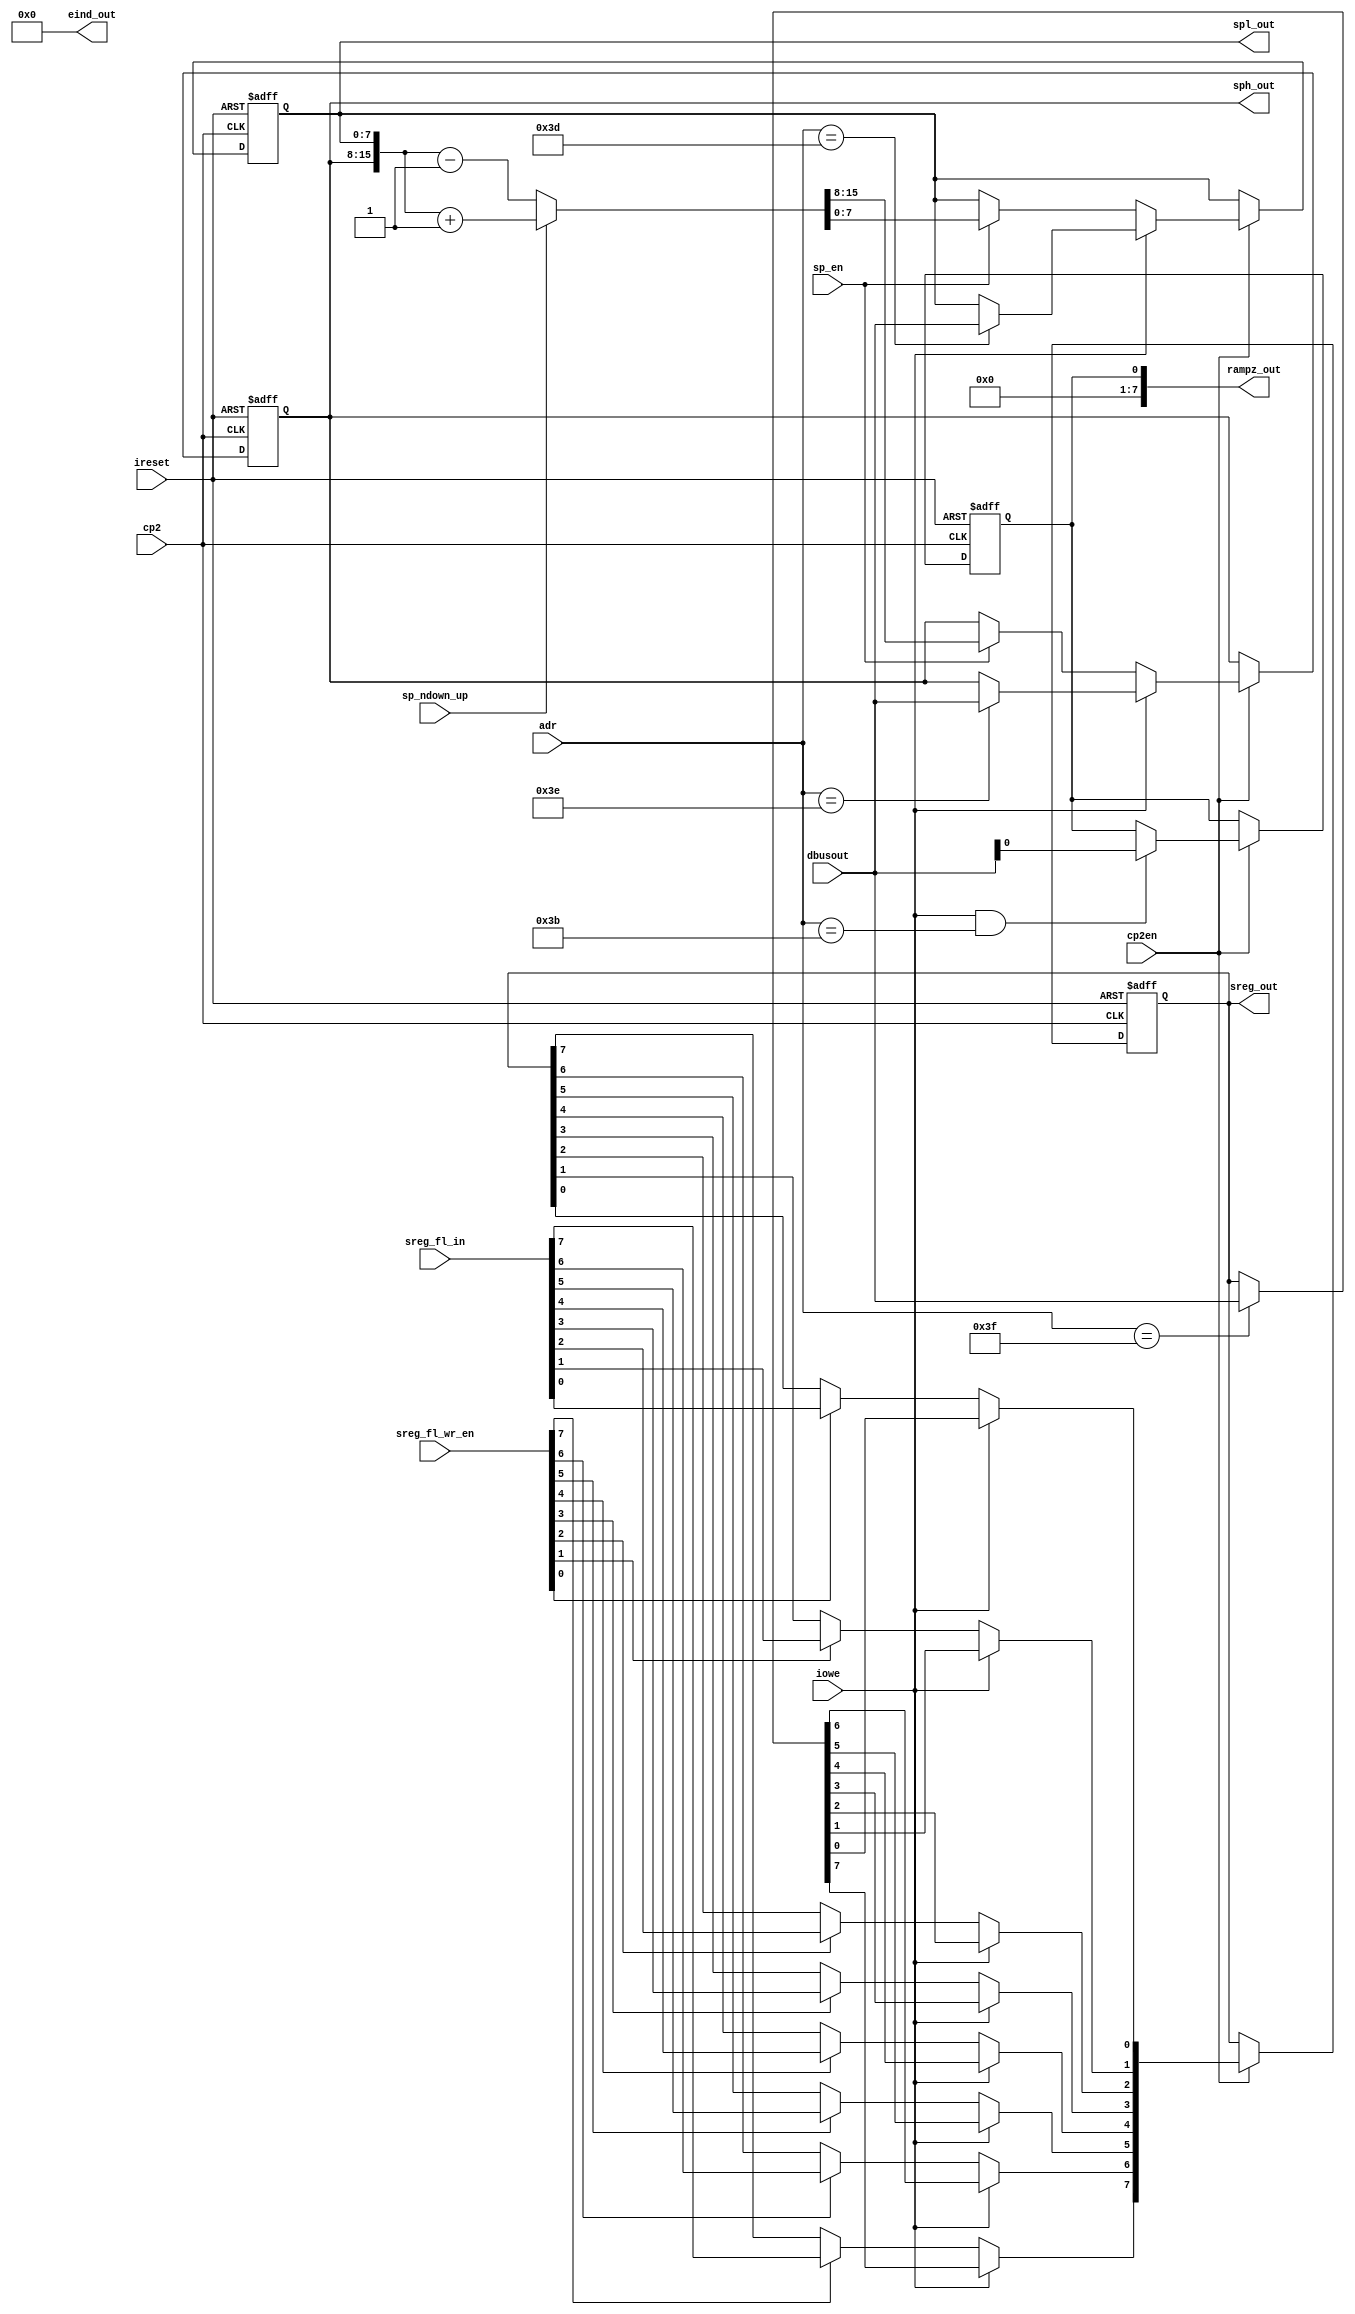
module io_reg_file(
                   cp2, 
		   cp2en, 
		   ireset, 
		   adr, 
		   iowe, 
		   dbusout, 
		   sreg_fl_in, 
		   sreg_out, 
		   sreg_fl_wr_en, 
		   spl_out, 
		   sph_out, 
		   sp_ndown_up, 
		   sp_en, 
		   rampz_out, 
		   eind_out
		   );

   parameter             pc22b = 0;
   parameter             eind_width = 1;
   parameter             rampz_width = 1;

   //Clock and reset
   input                 cp2;
   input                 cp2en;
   input                 ireset;
   // I/O i/f
   input [5:0]           adr;
   input                 iowe;
   input [7:0]           dbusout;
   // SREG related signals
   input [7:0]           sreg_fl_in;
   output [7:0]          sreg_out;
   input [7:0]           sreg_fl_wr_en;		//FLAGS WRITE ENABLE SIGNALS       
   // SPL/SPH related signals
   output [7:0]          spl_out;
   output [7:0]          sph_out;
   input                 sp_ndown_up;		// DIRECTION OF CHANGING OF STACK POINTER SPH:SPL 0->UP(+) 1->DOWN(-)
   input                 sp_en;		// WRITE ENABLE(COUNT ENABLE) FOR SPH AND SPL REGISTERS
   // RAMPZ related signals
   output reg [7:0]      rampz_out;
   // EIND related signals
   output [7:0]          eind_out;
   reg    [7:0]          eind_out; // !!!
   
   reg [7:0]             spl_current;
   reg [7:0]             spl_next;
   
   reg [7:0]             sph_current;
   reg [7:0]             sph_next;
   
   reg [7:0]             sreg_current;
   reg [7:0]             sreg_next;
   
   reg [rampz_width-1:0] rampz_current;
   reg [rampz_width-1:0] rampz_next;
   
   reg [eind_width-1:0]  eind_current;
   reg [eind_width-1:0]  eind_next;
   
   // SP calculation
   wire [15:0]           sp_res;
   
// Register addresses  
parameter P_SPL_Address   = 6'h3D; // Stack Pointer(Low)
parameter P_SPH_Address   = 6'h3E; // Stack Pointer(High)
parameter P_SREG_Address  = 6'h3F; // Status Register
parameter P_RAMPZ_Address = 6'h3B; // RAM Page Z Select Register
parameter P_EIND_Address  = 6'h3C; // !!!TBD!!! Occupated by XDIV in Mega128
   
//#################################################################################################################################
   
   // SP incrementer/decrementer
   assign sp_res = (!sp_ndown_up) ? (({sph_current, spl_current}) - 16'd1) :   // Decrement SP
                                    (({sph_current, spl_current}) + 16'd1);    // Increment SP 
   
   
   always @(cp2en or adr or iowe or dbusout or sreg_fl_in or sreg_fl_wr_en or sp_res or sp_en or spl_current or sph_current or 
            sreg_current or rampz_current)
   begin: next_regs_comb
      integer               i;
      spl_next   = spl_current;
      sph_next   = sph_current;
      sreg_next  = sreg_current;
      rampz_next = rampz_current;
      
      if (cp2en)		// Clock enable
      begin
         
         if (iowe)		// Write to I/O
         begin
            if (adr == P_SPL_Address)
               spl_next = dbusout;		// data bus
            if (adr == P_SPH_Address)
               sph_next = dbusout;		// data bus
         end
         else if (sp_en)		// call/rcall/icall/ret/reti/push/pop/IRQ   
         begin
            spl_next = sp_res[7:0];
            sph_next = sp_res[15:8];
         end
         
         if (iowe)		// Write to I/O
         begin
            if (adr == P_SREG_Address)
               sreg_next = dbusout;		// data bus
         end
         else 
	 begin
            // Modify individual SREG flags  
            for (i = 0; i < 8; i = i + 1)
             if (sreg_fl_wr_en[i])
                  sreg_next[i] = sreg_fl_in[i];
         end 
	 
         if (iowe && adr == P_RAMPZ_Address)		// Write to I/O
            rampz_next = dbusout[rampz_width-1:0];
      end
      
      end // next_regs_comb
      
      generate
        if (!pc22b)
         begin : no_eind
	  always @(*) // !!!TBD!!!
           eind_out = {8{1'b0}};
         end

        else  // (pc22b == 1)
        begin : eind_is_impl
            
         always @(cp2en or adr or iowe or dbusout or eind_current)
          begin: next_eind_comb
           eind_next = eind_current;
           if (iowe && adr == P_EIND_Address)		// Write to I/O
            eind_next = dbusout[eind_width-1:0];
           end // next_eind_comb
               
               
          always @(posedge cp2 or negedge ireset)
           begin: eind_seq
            if (!ireset)	   // Reset 
             eind_current <= {eind_width{1'b0}};
            else	   // Clock
             eind_current <= eind_next;
            end // eind_seq
             
           always @(eind_current)
            begin: eind_gen_comb
             integer i;
	     eind_out = {8{1'b0}};
             for (i = 0; i < 8; i = i + 1)
              if (i < eind_width)
               eind_out[i] = eind_current[i];
             end // eind_gen_comb
	   	
           end // eind_is_impl
        endgenerate
               
               
  always @(posedge cp2 or negedge ireset)
  begin: regs_seq
     if (!ireset)	   // Reset 
     begin
	spl_current   <= {8{1'b0}};
	sph_current   <= {8{1'b0}};
	sreg_current  <= {8{1'b0}};
	rampz_current <= {rampz_width{1'b0}};
     end
     else	   // Clock
     begin
	spl_current   <= spl_next;
	sph_current   <= sph_next;
	sreg_current  <= sreg_next;
	rampz_current <= rampz_next;
     end
     end // regs_seq
     
     assign spl_out  = spl_current;
     assign sph_out  = sph_current;
     assign sreg_out = sreg_current;

     always @(rampz_current)
     begin: rampz_gen_comb
      integer i;
      rampz_out = {8{1'b0}};  
      for (i = 0; i < rampz_width; i = i + 1)
       rampz_out[i] = rampz_current[i];
     end // rampz_gen_comb
                     
endmodule